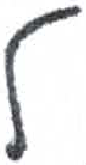
אות: ל